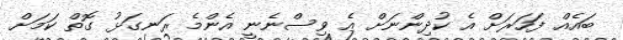
ބައެއް ފަހަރަށް އެ ކުދިންނަށް އެ ވިސްނެނީ އެންމެ ރަނގަޅު ގޮތް ކަމަށް